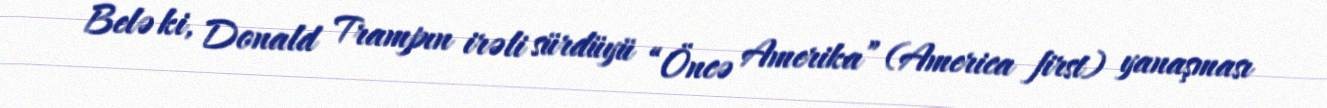
Belə ki, Donald Trampın irəli sürdüyü “Öncə Amerika” (America first) yanaşması